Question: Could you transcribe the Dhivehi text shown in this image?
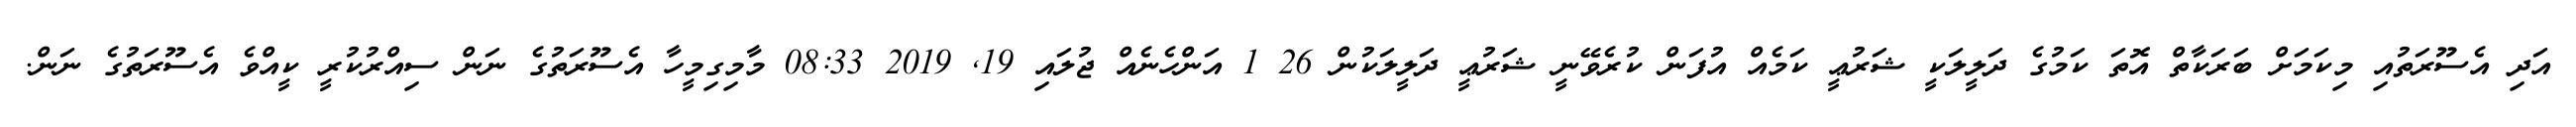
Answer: އަދި އެސޫރަތުއި މިކަމަށް ބަރަކާތް އޮތަ ކަމުގެ ދަލީލަކީ ޝަރުޢީ ކަމެއް އުފަން ކުރެވޭނީ ޝަރުޢީ ދަލީލަކުން 26 1 އަންހެނެއް ޖުލައި 19, 2019 08:33 މާމިގިމީހާ އެސޫރަތުގެ ނަން ސިއްރުކުރީ ކީއްވެ އެސޫރަތުގެ ނަން.